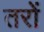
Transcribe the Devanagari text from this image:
तरों